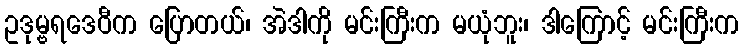
ဥဒုမ္ဗရဒေဝီက ပြောတယ်၊ အဲဒါကို မင်းကြီးက မယုံဘူး၊ ဒါကြောင့် မင်းကြီးက